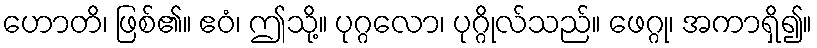
ဟောတိ၊ ဖြစ်၏။ ဧဝံ၊ ဤသို့။ ပုဂ္ဂလော၊ ပုဂ္ဂိုလ်သည်။ ဖေဂ္ဂု၊ အကာရှိ၍။